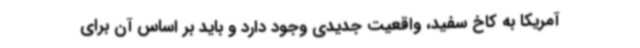
آمریکا به کاخ سفید، واقعیت جدیدی وجود دارد و باید بر اساس آن برای